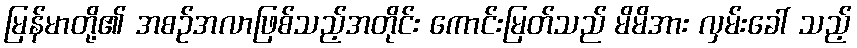
မြန်မာတို့၏ အစဉ်အလာဖြစ်သည့်အတိုင်း ကောင်းမြတ်သည် မိမိအား လှမ်းခေါ် သည့်